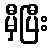
မှီပြီး